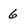
Character: 6